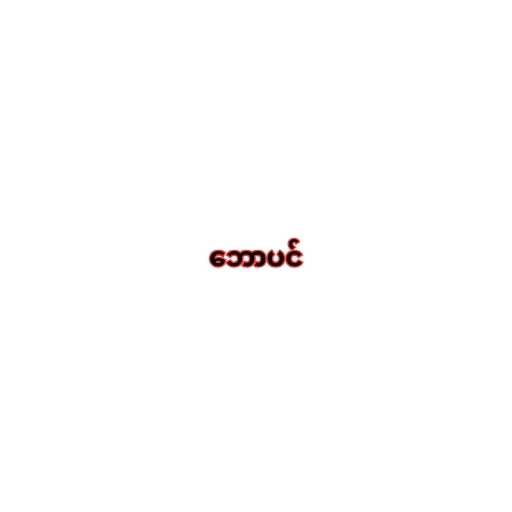
ဘောပင်